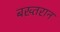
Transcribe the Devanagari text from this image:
बख्तरान